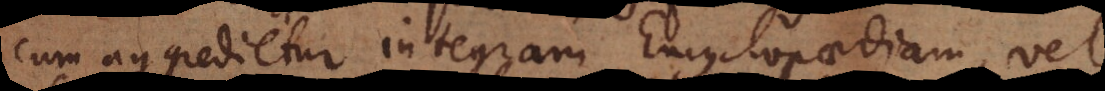
cum aggredietur integram Encyclopaediam,vel